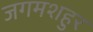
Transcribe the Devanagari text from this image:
जगमशहुर